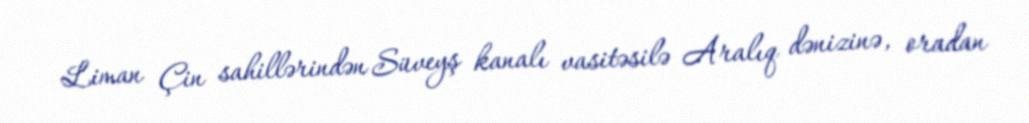
Liman Çin sahillərindən Süveyş kanalı vasitəsilə Aralıq dənizinə, oradan